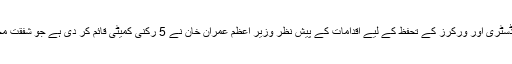
رپورٹ کے مطابق ملک میں کرونا وائرس کی وبا کے دوران میڈیا انڈسٹری اور ورکرز کے تحفظ کے لیے اقدامات کے پیش نظر وزیر اعظم عمران خان نے 5 رکنی کمیٹی قائم کر دی ہے جو شفقت محمود، فردوس عاشق اعوان، شہزاد اکبر اور شہباز گل پر مشتمل ہوگی۔